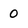
Character: 0